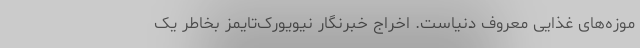
موزه‌های غذایی معروف دنیاست. اخراج خبرنگار نیویورک‌تایمز بخاطر یک